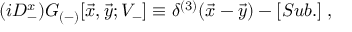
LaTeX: ( i D _ { - } ^ { x } ) { \cal G } _ { ( - ) } [ { \vec { x } } , { \vec { y } } ; V _ { - } ] \equiv \delta ^ { ( 3 ) } ( { \vec { x } } - { \vec { y } } ) - [ S u b . ] \; ,